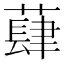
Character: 蕼